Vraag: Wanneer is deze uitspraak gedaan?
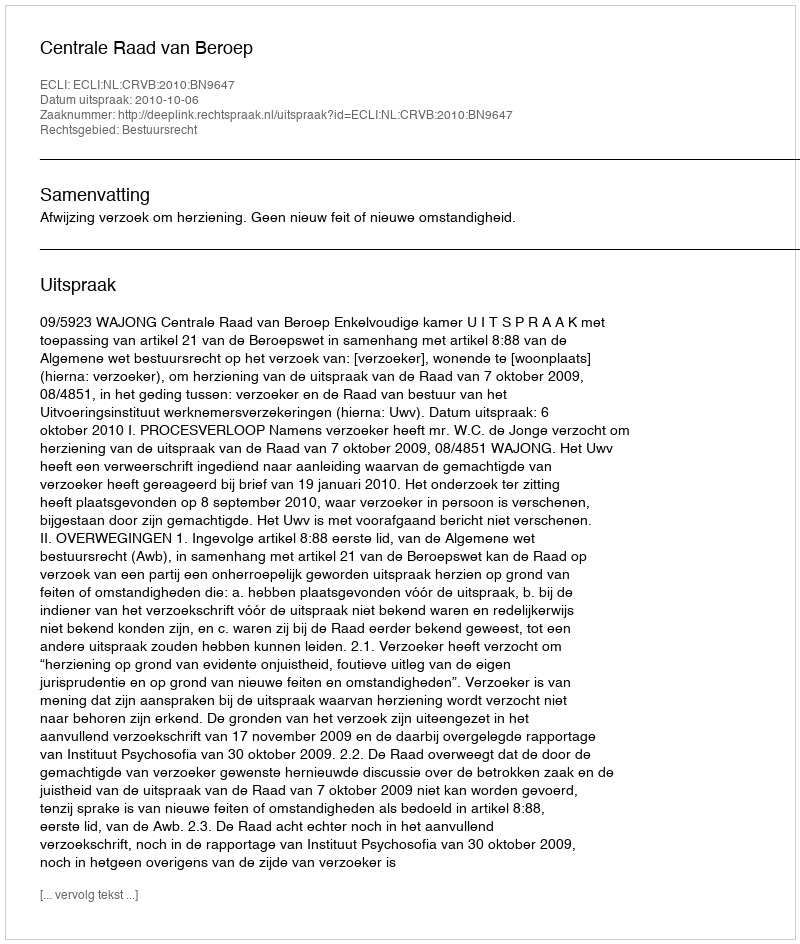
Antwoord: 2010-10-06